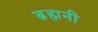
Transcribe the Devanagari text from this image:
ब्रह्मनी